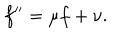
f ^ { \prime \prime } = \mu f + \nu .